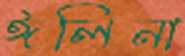
ঈলিনা